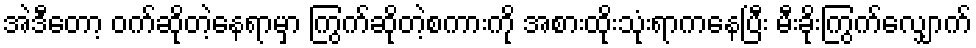
အဲဒီတော့ ဝက်ဆိုတဲ့နေရာမှာ ကြွက်ဆိုတဲ့စကားကို အစားထိုးသုံးရာကနေပြီး မီးခိုးကြွက်လျှောက်